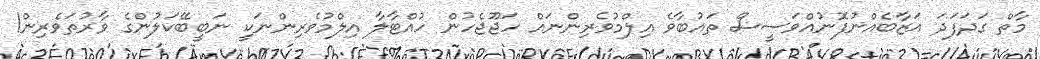
މާތް ގަދަފަދަ އަޒާބެއްނުފޮނުއްވަސީސް ތައުބާވެ އިލްމުވެރިންނައް ހަޖޫޖެހުން ހުއްޓާލާ އިލްމުވެރިންނަކީ ނަބީބޭކަލުންގެ ވާރުތަވެރިން!